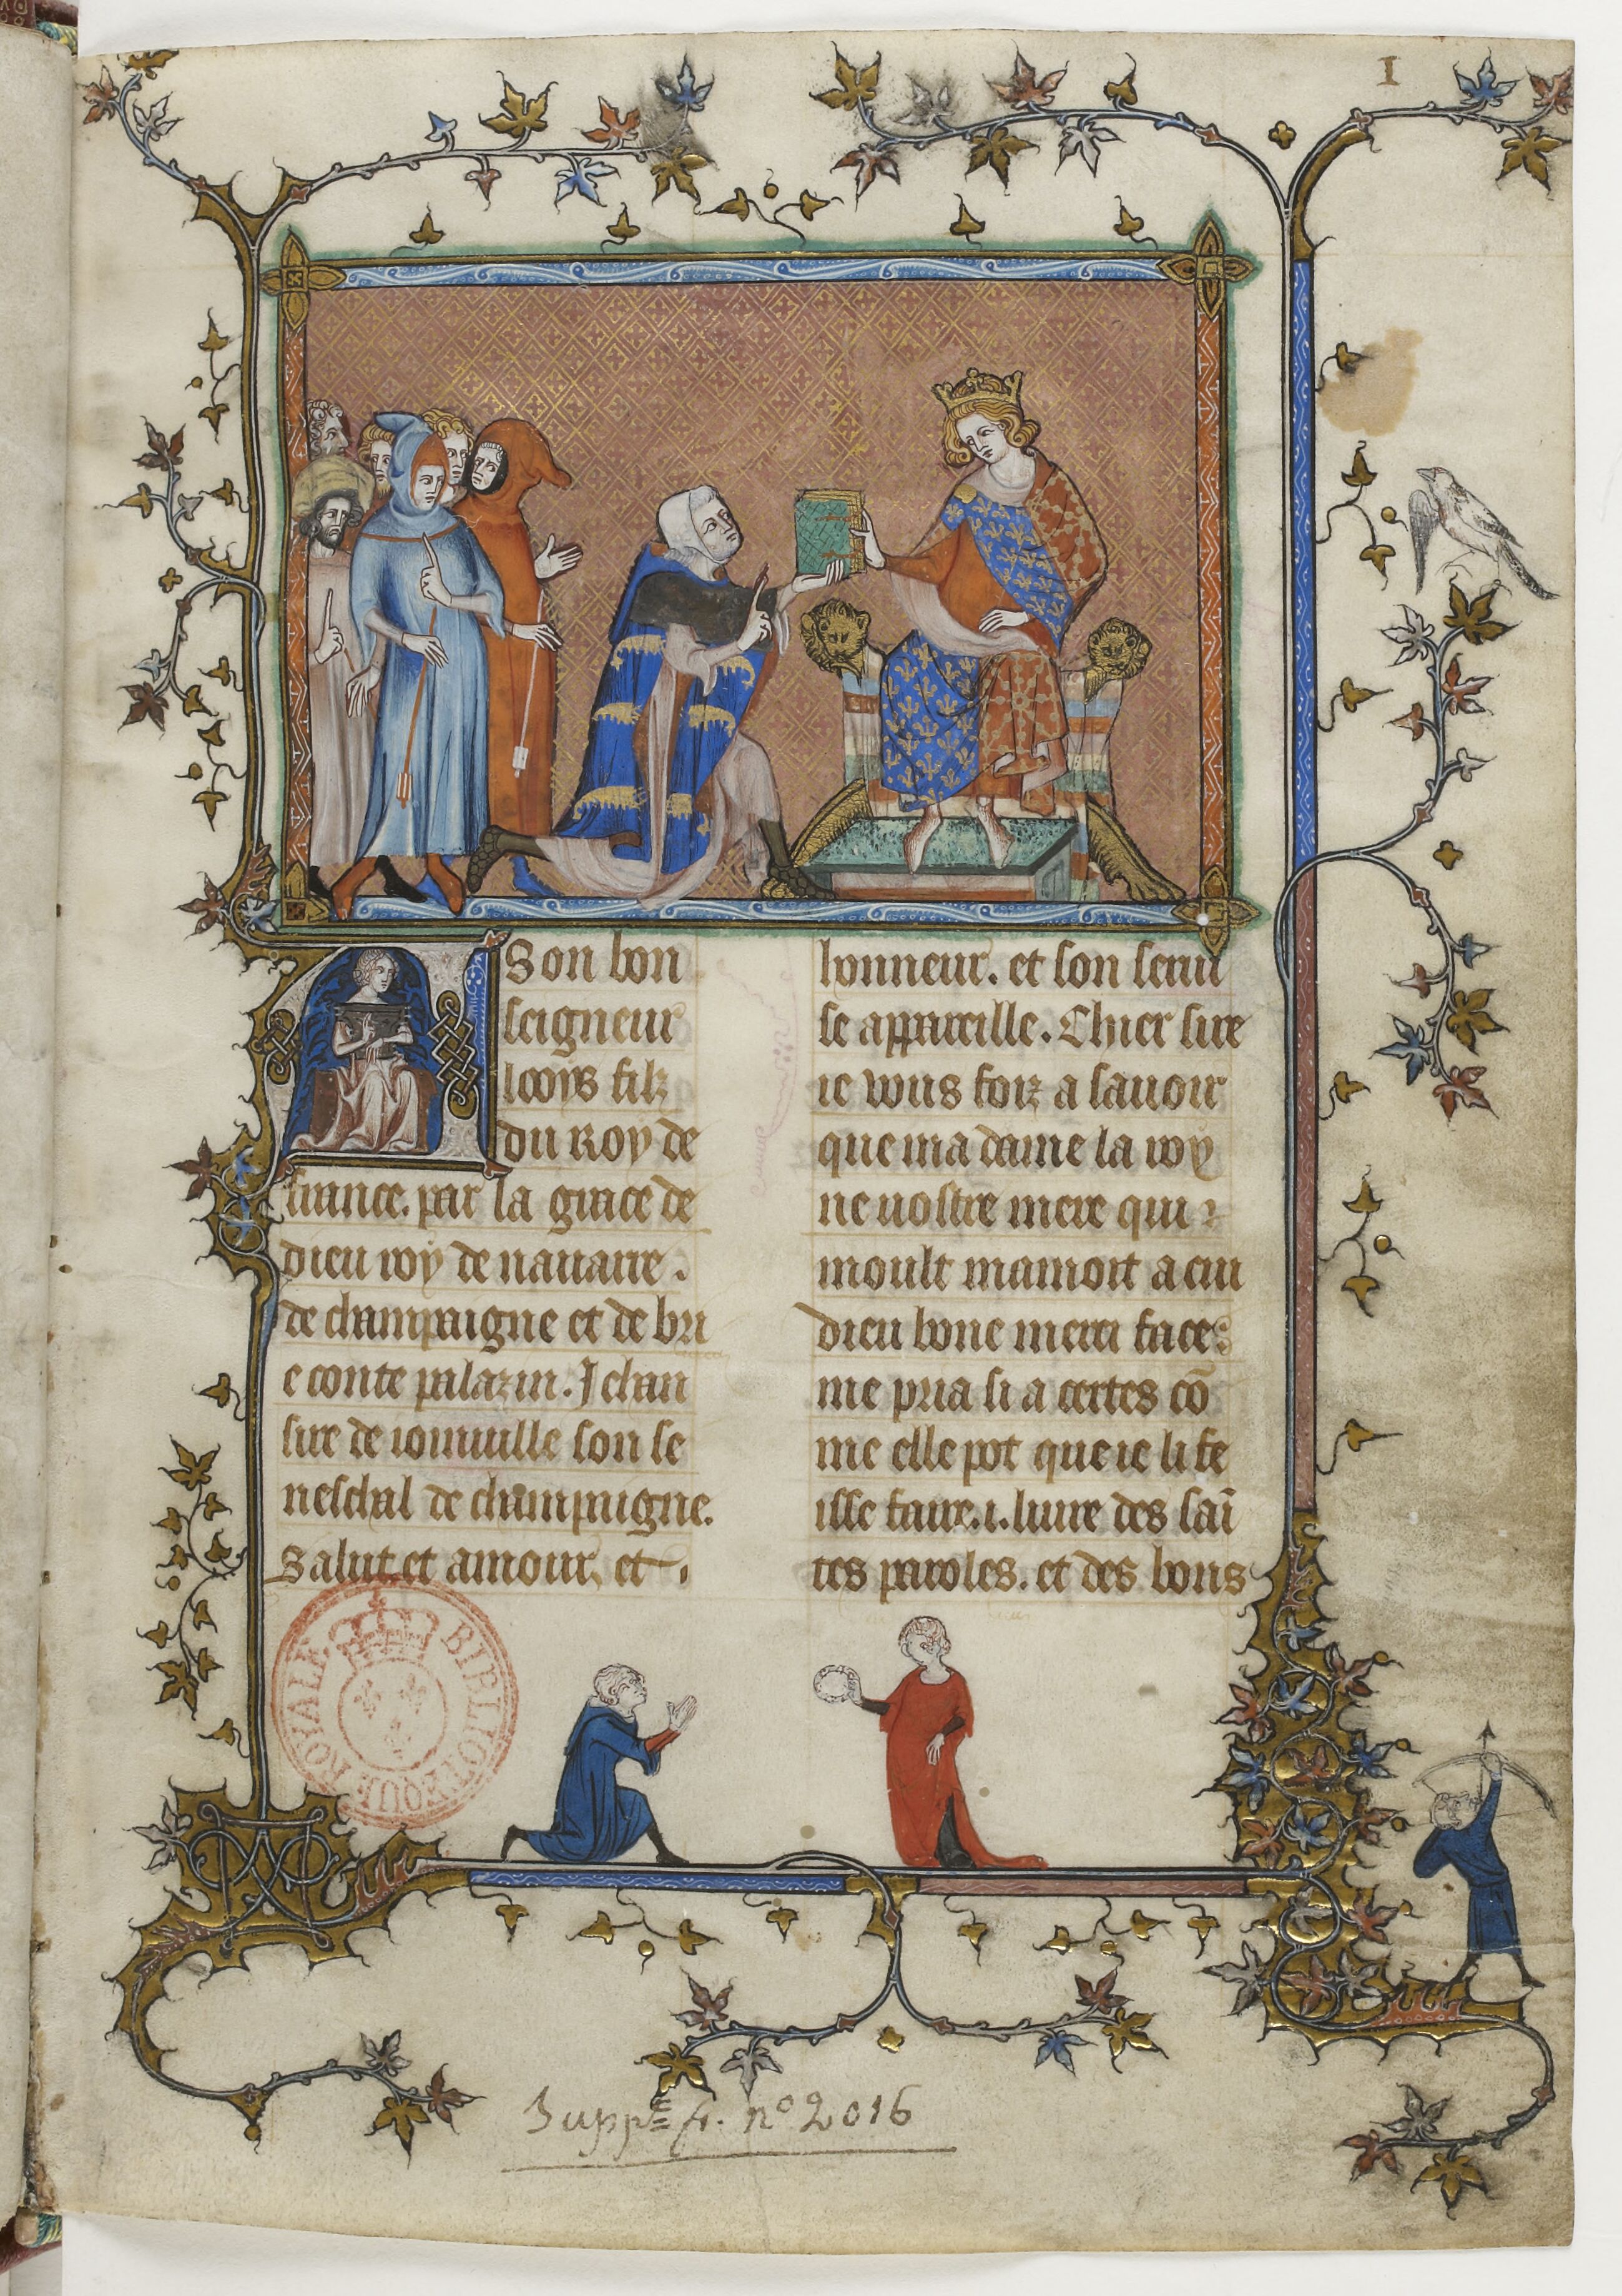
Shelfmark: Paris, BnF, fr. 13568
Century: 14